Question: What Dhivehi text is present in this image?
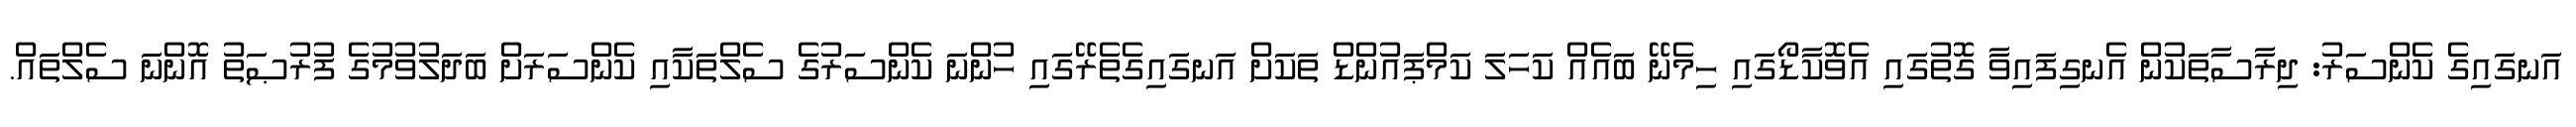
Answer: އަނގައިގެ ކެންސަރު: ދިރާސާތަކުން އެނގިފައިވާ ގޮތުގައި އެވޮކާޑޯގައި ހިމެނޭ ބައެއް ކަހަލަ ކަމްޕައުންޑް ތަކަށް އަނގައިގެތެރޭގައި ހުންނަ ކެންސަރުގެ ސެލްތަކާއި ކެންސަރަށް ބަދަލުވުމުގެ ފުރުޞަތު އޮންނަ ސެލްތައް.